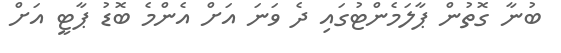
ބުނާ ގޮތުން ޕާލަމެންޓުގައި ދެ ވަނަ އަށް އެންމެ ބޮޑު ޕާޓީ އަށް